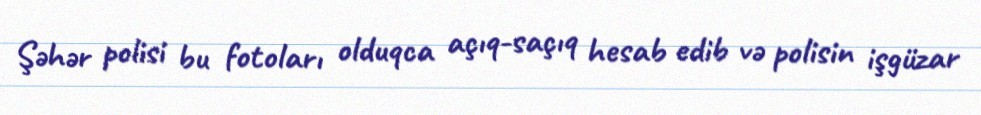
Şəhər polisi bu fotoları olduqca açıq-saçıq hesab edib və polisin işgüzar